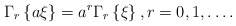
\begin{align*}\Gamma _{r}\left\{ a\xi \right\} =a^{r}\Gamma _{r}\left\{ \xi \right\},r=0,1,\ldots . \end{align*}